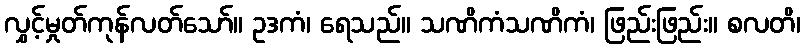
လွှင့်မှုတ်ကုန်လတ်သော်။ ဥဒကံ၊ ရေသည်။ သဏိကံသဏိကံ၊ ဖြည်းဖြည်း။ စလတိ၊